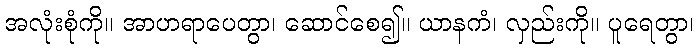
အလုံးစုံကို။ အာဟရာပေတွာ၊ ဆောင်စေ၍။ ယာနကံ၊ လှည်းကို။ ပူရေတွာ၊